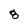
Character: 8